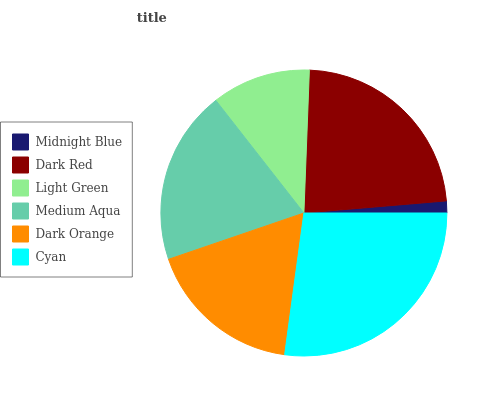
| Midnight Blue | Dark Red | Light Green | Medium Aqua | Dark Orange | Cyan |
 | --- | --- | --- | --- | --- | --- |
 | 1.34% | 23% | 11.1% | 19.7% | 17.6% | 27.2% |